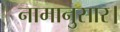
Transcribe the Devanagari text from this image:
नामानुसार।